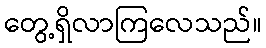
တွေ့ရှိလာကြလေသည်။